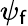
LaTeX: \psi_{\mathsf{f}}